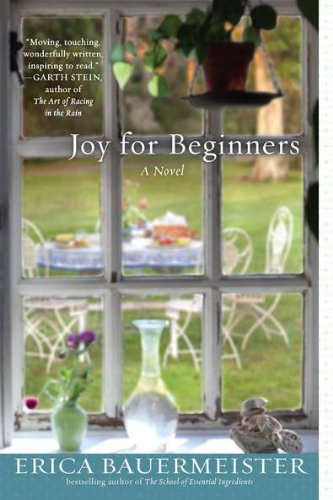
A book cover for Joy for Beginners; Erica Bauermeister; Literature & Fiction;